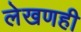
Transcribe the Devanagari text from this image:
लेखणही